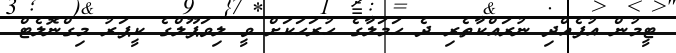
ޓީމުން އުފެއްދި ނުރައްކާތެރި ދެ ހަމަލާގެ ހުރަހަކަށް ވީ ލިވަޕޫލްގެ ކީޕަރު މިގްނޮލެޓް